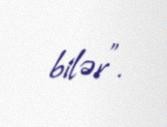
bilər”.